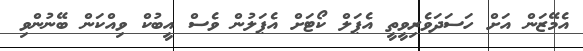
އެމޭޒަން އަށް ހަސަދަވެރިވީތީ އެޕަލް ކޯޓަށް އެޕަލުން ވެސް އީބުކް ވިއްކަން ބޭނުންވި